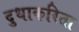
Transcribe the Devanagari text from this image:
दुधाकरिता